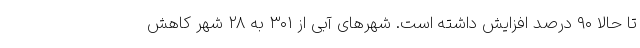
تا حالا ۹۰ درصد افزایش داشته است. شهرهای آبی از ۳۰۱ به ۲۸ شهر کاهش